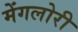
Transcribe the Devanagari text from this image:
मेंगलोरी